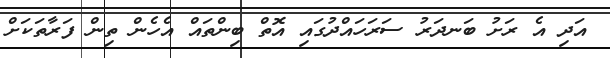
އަދި އެ ރަށު ބަނދަރު ސަރަހައްދުގައި އޮތް ބިންތައް އެހެން ތިން ފަރާތަކަށް